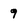
Character: 9